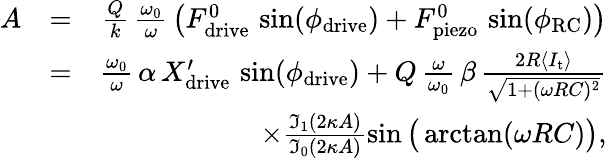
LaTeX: \begin{array}{rlr}{A}&{=}&{\frac{Q}{k}\, \frac{\omega_{0}}{\omega}\, \big(F_{\mathrm{drive}}^{0}\, \sin(\phi_{\mathrm{drive}})+F_{\mathrm{piezo}}^{0}\, \sin(\phi_{\mathrm{RC}})\big)}\\ &{=}&{\frac{\omega_{0}}{\omega}\, \alpha\, X_{\mathrm{drive}}^{\prime}\, \sin(\phi_{\mathrm{drive}})+Q\, \frac{\omega}{\omega_{0}}\, \beta\, \frac{2R\langle I_{\mathrm{t}}\rangle}{\sqrt{1+(\omega RC)^{2}}}}\\ &{}&{\times\frac{\mathfrak{I}_{1}(2\kappa A)}{\mathfrak{I}_{0}(2\kappa A)}\sin\big(\arctan(\omega RC)\big),}\end{array}